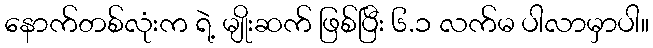
နောက်တစ်လုံးက ရဲ့ မျိုးဆက် ဖြစ်ပြီး ၆.၁ လက်မ ပါလာမှာပါ။